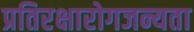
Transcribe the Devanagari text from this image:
प्रतिरक्षारोगजन्यता